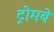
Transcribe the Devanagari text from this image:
ट्रोमबे